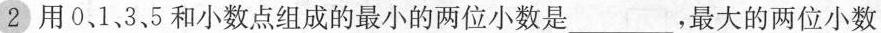
2用0，1，3、5和小数点组成的最小的两位小数是____，最大的两位小数